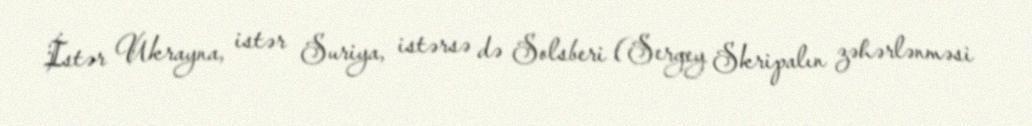
İstər Ukrayna, istər Suriya, istərsə də Solsberi (Sergey Skripalın zəhərlənməsi